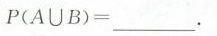
P(A∪B)=___.